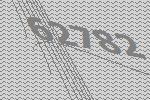
62782